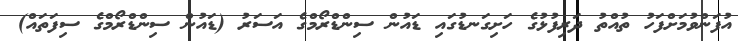
އުފަންވުމަށްފަހު ތުއްތު ދަރިފުޅުގެ ހަށިގަނޑުގައި ޑައުން ސިންޑްރޯމްގެ އަސަރު (ޑައުން ސިންޑްރޯމްގެ ސިފަތައް)